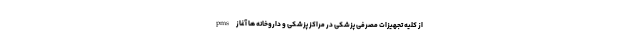
pms از کلیه تجهیزات مصرفی پزشکی در مراکز پزشکی و داروخانه ها آغاز